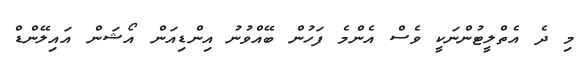
މި ދެ އެތްލީޓުންނަކީ ވެސް އެންމެ ފަހުން ބޭއްވުނު އިންޑިއަން އޯޝަން އައިލޭންޑް